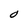
Character: O